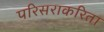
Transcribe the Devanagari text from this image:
परिसराकरिता